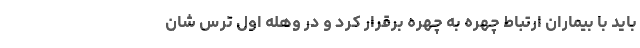
باید با بیماران ارتباط چهره به چهره برقرار کرد و در وهله اول ترس شان